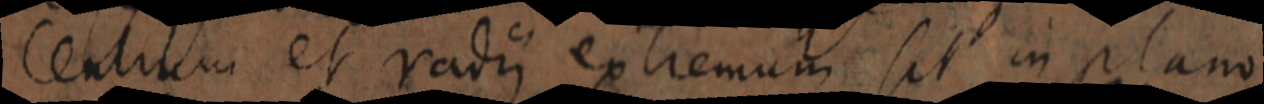
Centrum et radii extremum sit in plano